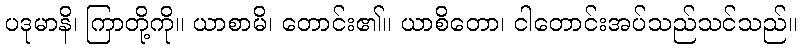
ပဒုမာနိ၊ ကြာတို့ကို။ ယာစာမိ၊ တောင်း၏။ ယာစိတော၊ ငါတောင်းအပ်သည်သင်သည်။